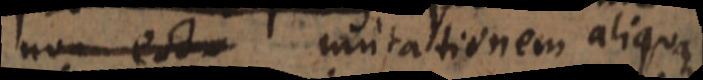
non est mutationem aliquam